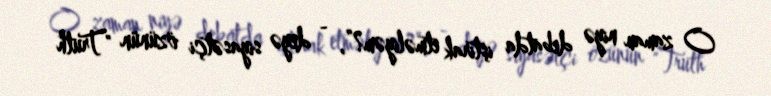
O zaman niyə debatda iştirak etməliyəm?”, - deyə siyasətçi özünün "Truth